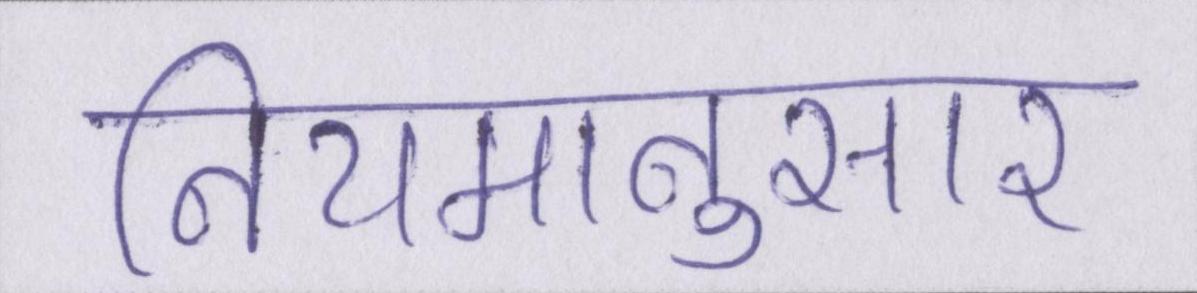
नियमानुसार